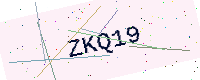
Text: ZKQ19